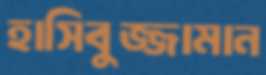
হাসিবুজ্জামান